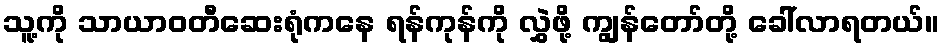
သူ့ကို သာယာဝတီဆေးရုံကနေ ရန်ကုန်ကို လွှဲဖို့ ကျွန်တော်တို့ ခေါ်လာရတယ်။